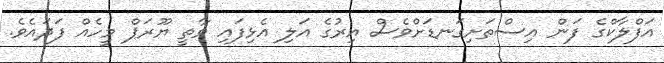
އަފްލާކްގެ ފަން އިސްތަށިގަނޑަށްވެސް އިރުގެ އަލި އެޅިފައި ވާތީ ޔޫރަޕް މީހެއް ފަދައެވެ.